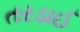
તરડાઈ